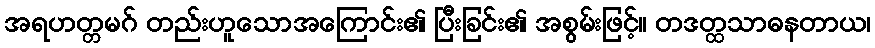
အရဟတ္တမဂ် တည်းဟူသောအကြောင်း၏ ပြီးခြင်း၏ အစွမ်းဖြင့်။ တဒတ္ထသာဓနတာယ၊